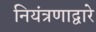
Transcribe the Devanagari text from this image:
नियंत्रणाद्वारे